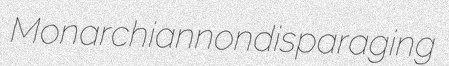
Monarchian nondisparaging